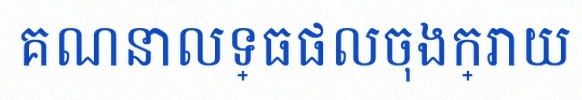
គណនាលទ្ធផលចុងក្រោយ